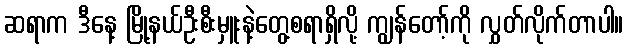
ဆရာက ဒီနေ့ မြို့နယ်ဦးစီးမှူးနဲ့တွေ့စရာရှိလို့ ကျွန်တော့်ကို လွှတ်လိုက်တာပါ။